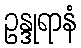
ဥန္ဒုရာနံ